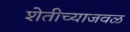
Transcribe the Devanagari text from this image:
शेतीच्याजवळ